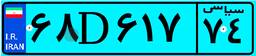
۶۸D۶۱۷۷۴